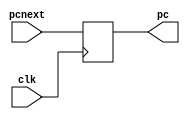
module PC(
    output [31:0] pc,
    input [31:0] pcnext,
    input clk
);
//Lo stato interno  rappresentato dal registro contenente un'istruzione a 32 bit
reg [31:0] istr;

//anche se non  molto intuitivo, inizialmente facciamo che punti all'istruzione di indirizzo 0
initial
    istr = 0;

// Al fronte di salita del ciclo di clock deve cambiare lo stato
always @(posedge clk)
    begin
        istr = pcnext;
    end

// E lo restituisco in output
assign
    pc = istr;
endmodule